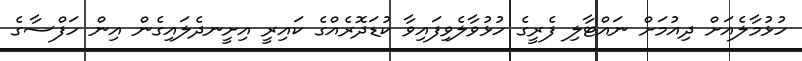
ހުޅުމާލެއަށް ދިއުމަށް ނައްޓާލި ފެރީގެ ހުޅުވާލެވިފައިވާ ކުޑަދޮރެއްގެ ކައިރީ އިށީނދެލައިގެން އިން ހަފްސާގެ